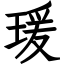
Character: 瑗